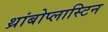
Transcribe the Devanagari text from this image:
थ्रांबोप्लास्टिन